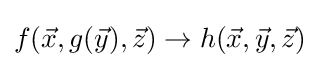
f({\vec {x}},g({\vec {y}}),{\vec {z}})\rightarrow h({\vec {x}},{\vec {y}},{\vec {z}})